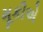
મૂકીએ